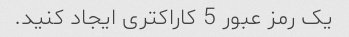
یک رمز عبور 5 کاراکتری ایجاد کنید.